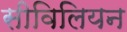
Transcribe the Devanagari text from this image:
सीविलियन